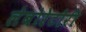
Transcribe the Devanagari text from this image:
लेबोरेटोरी